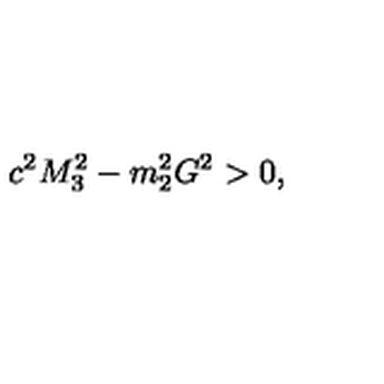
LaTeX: c ^ { 2 } M _ { 3 } ^ { 2 } - m _ { 2 } ^ { 2 } G ^ { 2 } > 0 ,